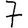
Digit: 7